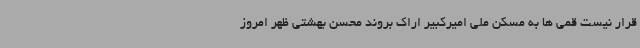
قرار نیست قمی ها به مسکن ملی امیرکبیر اراک بروند محسن بهشتی ظهر امروز